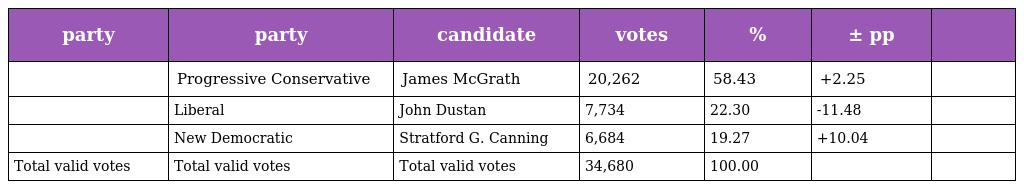
| party | party | candidate | votes | % | ± pp |  |
 | --- | --- | --- | --- | --- | --- | --- |
 |  | Progressive Conservative | James McGrath | 20,262 | 58.43 | +2.25 |  |
 |  | Liberal | John Dustan | 7,734 | 22.30 | -11.48 |  |
 |  | New Democratic | Stratford G. Canning | 6,684 | 19.27 | +10.04 |  |
 | Total valid votes | Total valid votes | Total valid votes | 34,680 | 100.00 |  |  |